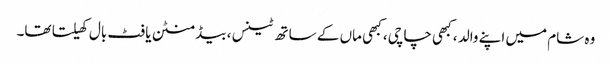
وہ شام میں اپنے والد ، کبھی چاچی ، کبھی ماں کے ساتھ ٹینس ، بیڈ منٹن یا فٹ بال کھیلتا تھا۔